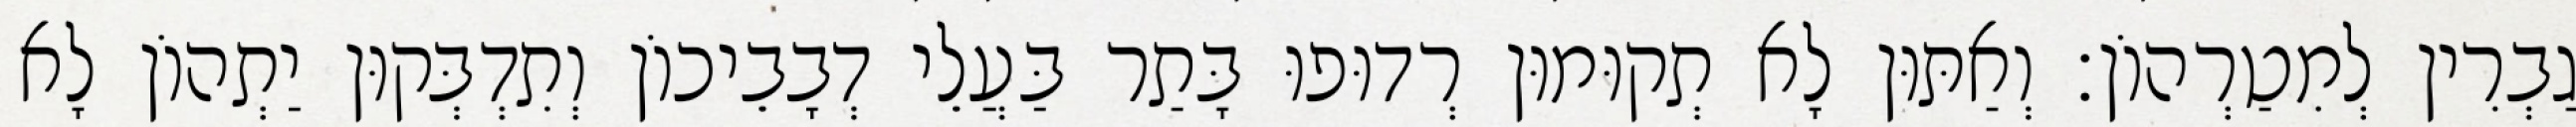
גַבְרִין לְמִטַרְהוֹן׃ וְאַתּוּן לָא תְקוּמוּן רְדוּפוּ בָּתַר בַּעֲלֵי דְבָבֵיכוֹן וְתִדְבְּקוּן יַתְהוֹן לָא